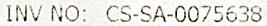
INV NO: CS-SA-0075638